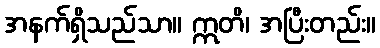
အနက်ရှိသည်သာ။ ဣတိ၊ အပြီးတည်း။